Tartu_pedagoogiumi_aruanded, lk 5
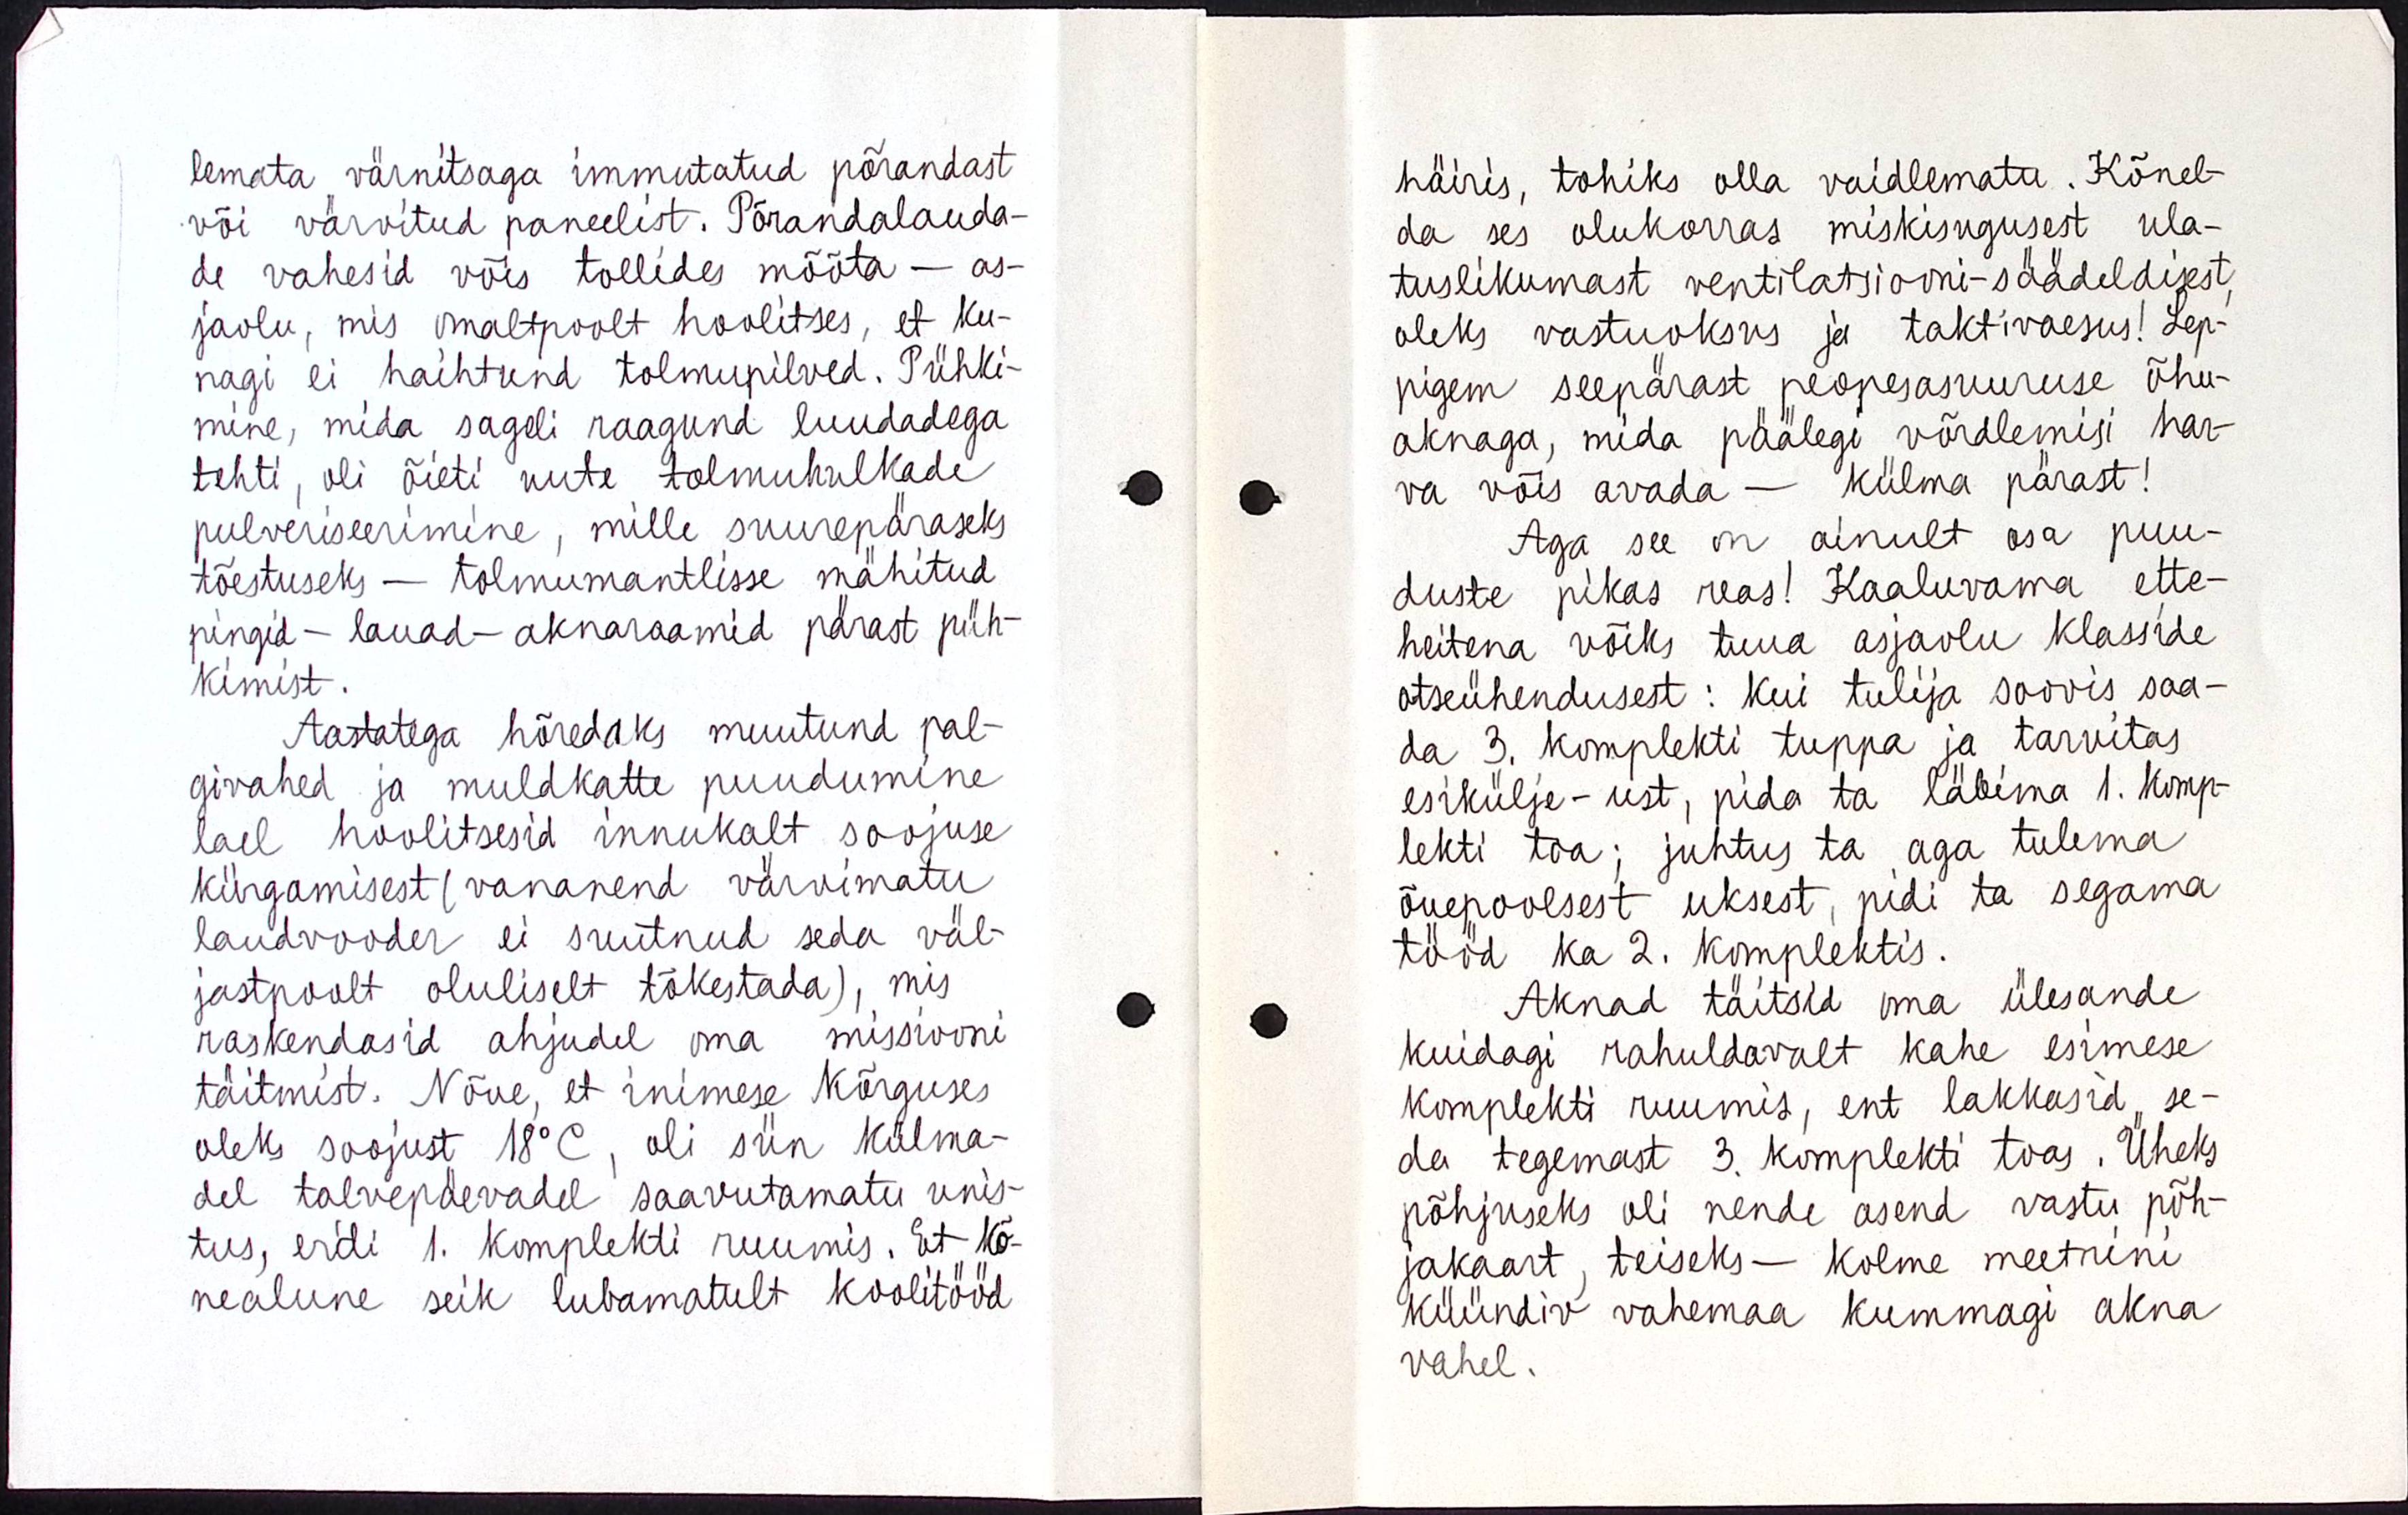
lemata värnitsaga immutatud põrandast
või värvitud paneelist. Põrandalauda-
de vahesid võis tollides mõõta - as-
jaolu, mis omaltpoolt hoolitses, et ku-
nagi ei haihtund tolmupilved. Pühki-
mine, mida sageli raagund luudadega
tehti, oli õieti uute tolmuhulkade
pulveriseerimine, mille suurepäraseks
tõestuseks - tolmumantlisse mähitud
pingid - lauad - aknaraamid pärast püh-
kimist.
Aastatega hõredaks muutunud pal-
givahed ja muldkatte puudumine
lael hoolitseesid innukalt soojuse
kiirgamisest ( vananenud värvimatu
laudvooder ei suutnud seda väl-
jastpoolt oluliselt tõkestada), mis
raskendasid ahjudel oma missiooni
täitmist. Nõue, et inimese kõrguses
oleks soojust 18 kraadi, oli siin külma-
del talvepäevadel saavutamatu unis-
tus, eriti 1. komplekti ruumis. Et kõ-
nealune seik lubamatult koolitööd

häiris, tohiks olla vaidlematu. Kõnel-
da ses olukorras miskisugusest ula-
tuslikumast ventilatsiooni - säädeldisest
oleks vastuoksus ja taktivaesus! Lep-
pigem seepärast peopesasuuruse õhu-
aknaga, mida päälegi võrdlemisi har-
va võis avada - külma pärast!
Aga see on ainult osa puu-
duste pikas reas! Kaaluvama ette-
heitena võiks tuua asjaolu klasside
otseühendusest : kui tulija soovis saa-
da 3. komplekti tuppa ja tarvitas
esikülje - ust, pida ta läbima 1. komp-
lekti toa ; juhtus ta aga tulema
õuepoolsest uksest, pidi ta segama
tööd ka 2. komplektis.
Aknad täitsid oma ülesande
kuidagi rahuldavalt kahe esimese
komplekti ruumis, ent lakkasid se-
da tegemast 3. komplekti toas. Üheks
põhjuseks oli nende asend vastu põh-
jakaart, teiseks - kolme meetrini
küündiv vahemaa kummagi akna
vahel.